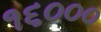
૧૬૦૦૦